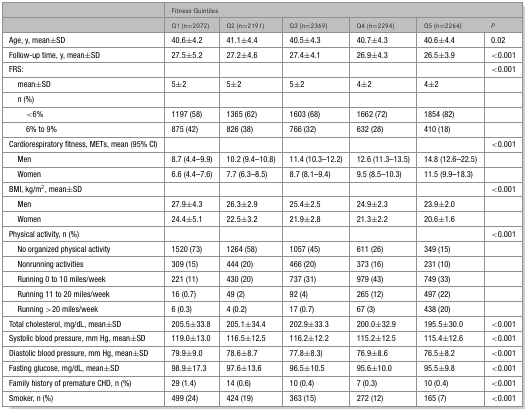
<table><thead><tr><td></td><td colspan="6"><b>Fitness Quintiles</b></td></tr><tr><td></td><td><b>Q1 (n=2072)</b></td><td><b>Q2 (n=2191)</b></td><td><b>Q3 (n=2369)</b></td><td><b>Q4 (n=2294)</b></td><td><b>Q5 (n=2264)</b></td><td><b><i>P</i></b></td></tr></thead><tbody><tr><td>Age, y, mean±SD</td><td>40.6±4.2</td><td>41.1±4.4</td><td>40.5±4.3</td><td>40.7±4.3</td><td>40.6±4.4</td><td>0.02</td></tr><tr><td>Follow-up time, y, mean±SD</td><td>27.5±5.2</td><td>27.2±4.6</td><td>27.4±4.1</td><td>26.9±4.3</td><td>26.5±3.9</td><td>&lt;0.001</td></tr><tr><td>FRS:</td><td></td><td></td><td></td><td></td><td></td><td>&lt;0.001</td></tr><tr><td> mean±SD</td><td>5±2</td><td>5±2</td><td>5±2</td><td>4±2</td><td>4±2</td><td></td></tr><tr><td> n (%)</td><td></td><td></td><td></td><td></td><td></td><td></td></tr><tr><td>&lt;6%</td><td>1197 (58)</td><td>1365 (62)</td><td>1603 (68)</td><td>1662 (72)</td><td>1854 (82)</td><td></td></tr><tr><td>6% to 9%</td><td>875 (42)</td><td>826 (38)</td><td>766 (32)</td><td>632 (28)</td><td>410 (18)</td><td></td></tr><tr><td>Cardiorespiratory fitness, METs, mean (95% CI)</td><td></td><td></td><td></td><td></td><td></td><td>&lt;0.001</td></tr><tr><td> Men</td><td>8.7 (4.4–9.9)</td><td>10.2 (9.4–10.8)</td><td>11.4 (10.3–12.2)</td><td>12.6 (11.3–13.5)</td><td>14.8 (12.6–22.5)</td><td></td></tr><tr><td> Women</td><td>6.6 (4.4–7.6)</td><td>7.7 (6.3–8.5)</td><td>8.7 (8.1–9.4)</td><td>9.5 (8.5–10.3)</td><td>11.5 (9.9–18.3)</td><td></td></tr><tr><td>BMI, kg/m<sup>2</sup>, mean±SD</td><td></td><td></td><td></td><td></td><td></td><td>&lt;0.001</td></tr><tr><td> Men</td><td>27.9±4.3</td><td>26.3±2.9</td><td>25.4±2.5</td><td>24.9±2.3</td><td>23.9±2.0</td><td></td></tr><tr><td> Women</td><td>24.4±5.1</td><td>22.5±3.2</td><td>21.9±2.8</td><td>21.3±2.2</td><td>20.6±1.6</td><td></td></tr><tr><td>Physical activity, n (%)</td><td></td><td></td><td></td><td></td><td></td><td>&lt;0.001</td></tr><tr><td> No organized physical activity</td><td>1520 (73)</td><td>1264 (58)</td><td>1057 (45)</td><td>611 (26)</td><td>349 (15)</td><td></td></tr><tr><td> Nonrunning activities</td><td>309 (15)</td><td>444 (20)</td><td>466 (20)</td><td>373 (16)</td><td>231 (10)</td><td></td></tr><tr><td> Running 0 to 10 miles/week</td><td>221 (11)</td><td>430 (20)</td><td>737 (31)</td><td>979 (43)</td><td>749 (33)</td><td></td></tr><tr><td> Running 11 to 20 miles/week</td><td>16 (0.7)</td><td>49 (2)</td><td>92 (4)</td><td>265 (12)</td><td>497 (22)</td><td></td></tr><tr><td> Running &gt;20 miles/week</td><td>6 (0.3)</td><td>4 (0.2)</td><td>17 (0.7)</td><td>67 (3)</td><td>438 (20)</td><td></td></tr><tr><td>Total cholesterol, mg/dL, mean±SD</td><td>205.5±33.8</td><td>205.1±34.4</td><td>202.9±33.3</td><td>200.0±32.9</td><td>195.5±30.0</td><td>&lt;0.001</td></tr><tr><td>Systolic blood pressure, mm Hg, mean±SD</td><td>119.0±13.0</td><td>116.5±12.5</td><td>116.2±12.2</td><td>115.2±12.5</td><td>115.4±12.6</td><td>&lt;0.001</td></tr><tr><td>Diastolic blood pressure, mm Hg, mean±SD</td><td>79.9±9.0</td><td>78.6±8.7</td><td>77.8±8.3)</td><td>76.9±8.6</td><td>76.5±8.2</td><td>&lt;0.001</td></tr><tr><td>Fasting glucose, mg/dL, mean±SD</td><td>98.9±17.3</td><td>97.6±13.6</td><td>96.5±10.5</td><td>95.6±10.0</td><td>95.5±9.8</td><td>&lt;0.001</td></tr><tr><td>Family history of premature CHD, n (%)</td><td>29 (1.4)</td><td>14 (0.6)</td><td>10 (0.4)</td><td>7 (0.3)</td><td>10 (0.4)</td><td>&lt;0.001</td></tr><tr><td>Smoker, n (%)</td><td>499 (24)</td><td>424 (19)</td><td>363 (15)</td><td>272 (12)</td><td>165 (7)</td><td>&lt;0.001</td></tr></tbody></table>